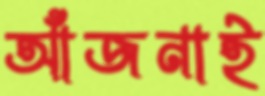
আঁজনাই